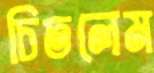
চিতলেম